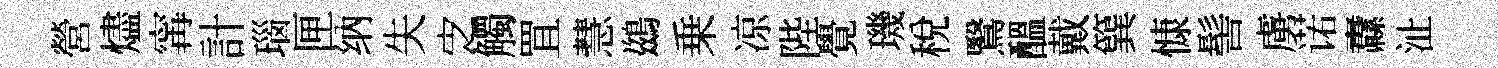
營燼𡩋計瑙匣纳失㝎觸罝慧鷀乗凉陛覺璣税鷖醖戴簨慷髻虜诺纛沚